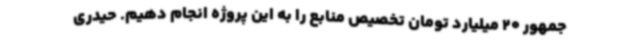
جمهور 20 میلیارد تومان تخصیص منابع را به این پروژه انجام دهیم. حیدری